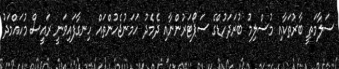
ސަލާމަތީ ބާރުތަކާއި މުސްލިމު ބުރަދަހުޑްގެ ސަޕޯޓަރުންނާއި ދެމެދު ހަމަނުޖެހުންތައް ހިނގާފައިވަނީ ރައީސް މުހައްމަދު